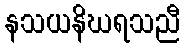
နသယနိဃရသညီ